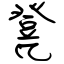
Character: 凳